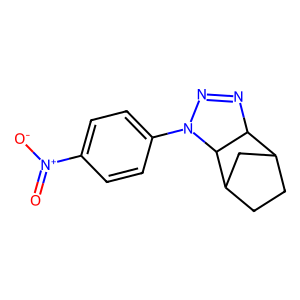
SMILES: O=[N+]([O-])c1ccc(N2N=NC3C4CCC(C4)C32)cc1
Inhibits HIV replication: No